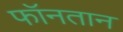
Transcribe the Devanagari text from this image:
फॉनतान